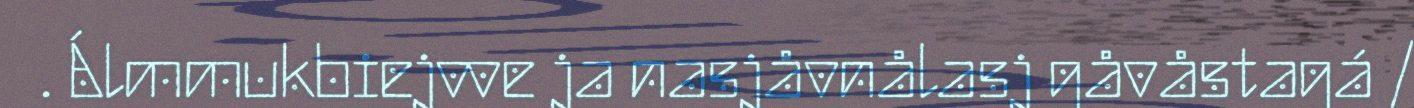
. Álmmukbiejvve ja nasjåvnålasj gåvåstagá /